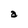
Character: a